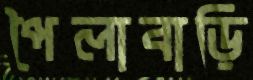
পৈলাবাড়ি